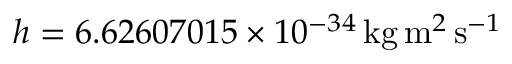
h = 6 . 6 2 6 0 7 0 1 5 \times 1 0 ^ { - 3 4 } \, \mathrm { k g } \, \mathrm { m } ^ { 2 } \, \mathrm { s } ^ { - 1 }